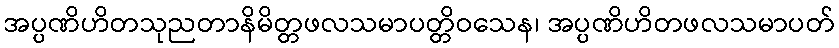
အပ္ပဏိဟိတသုညတာနိမိတ္တဖလသမာပတ္တိဝသေန၊ အပ္ပဏိဟိတဖလသမာပတ်